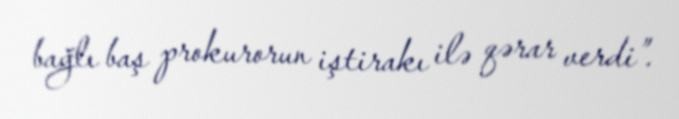
bağlı baş prokurorun iştirakı ilə qərar verdi”.